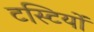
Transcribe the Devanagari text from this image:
टस्टियों